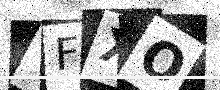
Text: TFXO